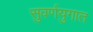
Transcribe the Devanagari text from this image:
सुवर्णयुगात